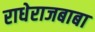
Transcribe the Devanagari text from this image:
राधेराजबाबा